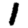
Digit: 1